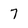
Character: 7